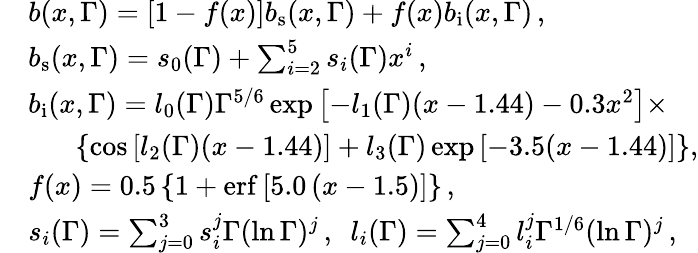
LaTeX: \begin{array}{rl}&{b(x,\Gamma)=\left[1-f(x)\right]b_{\mathrm{s}}(x,\Gamma)+f(x)b_{\mathrm{i}}(x,\Gamma)\, ,}\\ &{b_{\mathrm{s}}(x,\Gamma)=s_{0}(\Gamma)+\textstyle\sum_{i=2}^{5}s_{i}(\Gamma)x^{i}\, ,}\\ &{b_{\mathrm{i}}(x,\Gamma)=l_{0}(\Gamma)\Gamma^{5/6}\exp{\left[-l_{1}(\Gamma)(x-1.44)-0.3x^{2}\right]}\times}\\ &{\, \, \, \, \, \, \, \, \, \, \left\{ \cos{\left[l_{2}(\Gamma)(x-1.44)\right]}+l_{3}(\Gamma)\exp{\left[-3.5(x-1.44)\right]}\right\} ,}\\ &{f(x)=0.5\left\{ 1+\mathrm{erf}\left[5.0\left(x-1.5\right)\right]\right\} \, ,}\\ &{s_{i}(\Gamma)=\textstyle\sum_{j=0}^{3}s_{i}^{j}\Gamma(\ln{\Gamma})^{j}\, ,\, \, \, l_{i}(\Gamma)=\textstyle\sum_{j=0}^{4}l_{i}^{j}\Gamma^{1/6}(\ln{\Gamma})^{j}\, ,}\end{array}